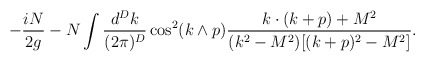
\begin{align*}-\frac {iN}{2g}- N \int \frac{d^Dk}{(2\pi)^D} \cos^2(k\wedge p)\frac{k\cdot (k+p) + M^2}{(k^2-M^2)[(k+p)^2-M^2]}. \end{align*}